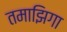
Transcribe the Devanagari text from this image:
तमाझिगा